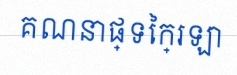
គណនាផ្ទៃក្រឡា